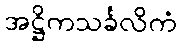
အဋ္ဌိကသင်္ခလိကံ